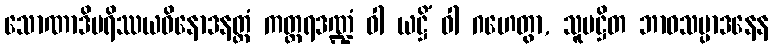
သောဏာဒိပရိဿယဝိနောဒနတ္ထံ ကတ္တရဒဏ္ဍံ ဝါ ယဋ္ဌိံ ဝါ ဂဟေတွာ, သူပဋ္ဌိတ ဘာဝသမ္ပာဒနေန